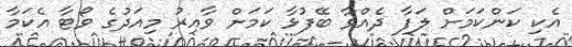
އެކި ކަންކަމަށް ލަފާ ދެއްވާ ބޭފުޅާ ކަމަށް ވާއިރު މިއަދުގެ ވޯޓާ އެކަމާ